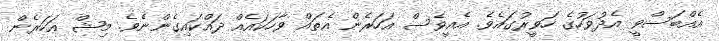
އެއްބަސްވީ އެދުވަހުގެ ހަވީރުގައެވެ. އެއީވެސް އަހަރެން އެތައް ވާހަކައެއް ދައްކައިގެންނެވެ. މިޝް އަހަރެން